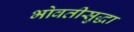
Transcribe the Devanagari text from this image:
भोवतीसुद्धा